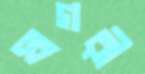
ঘাগরী